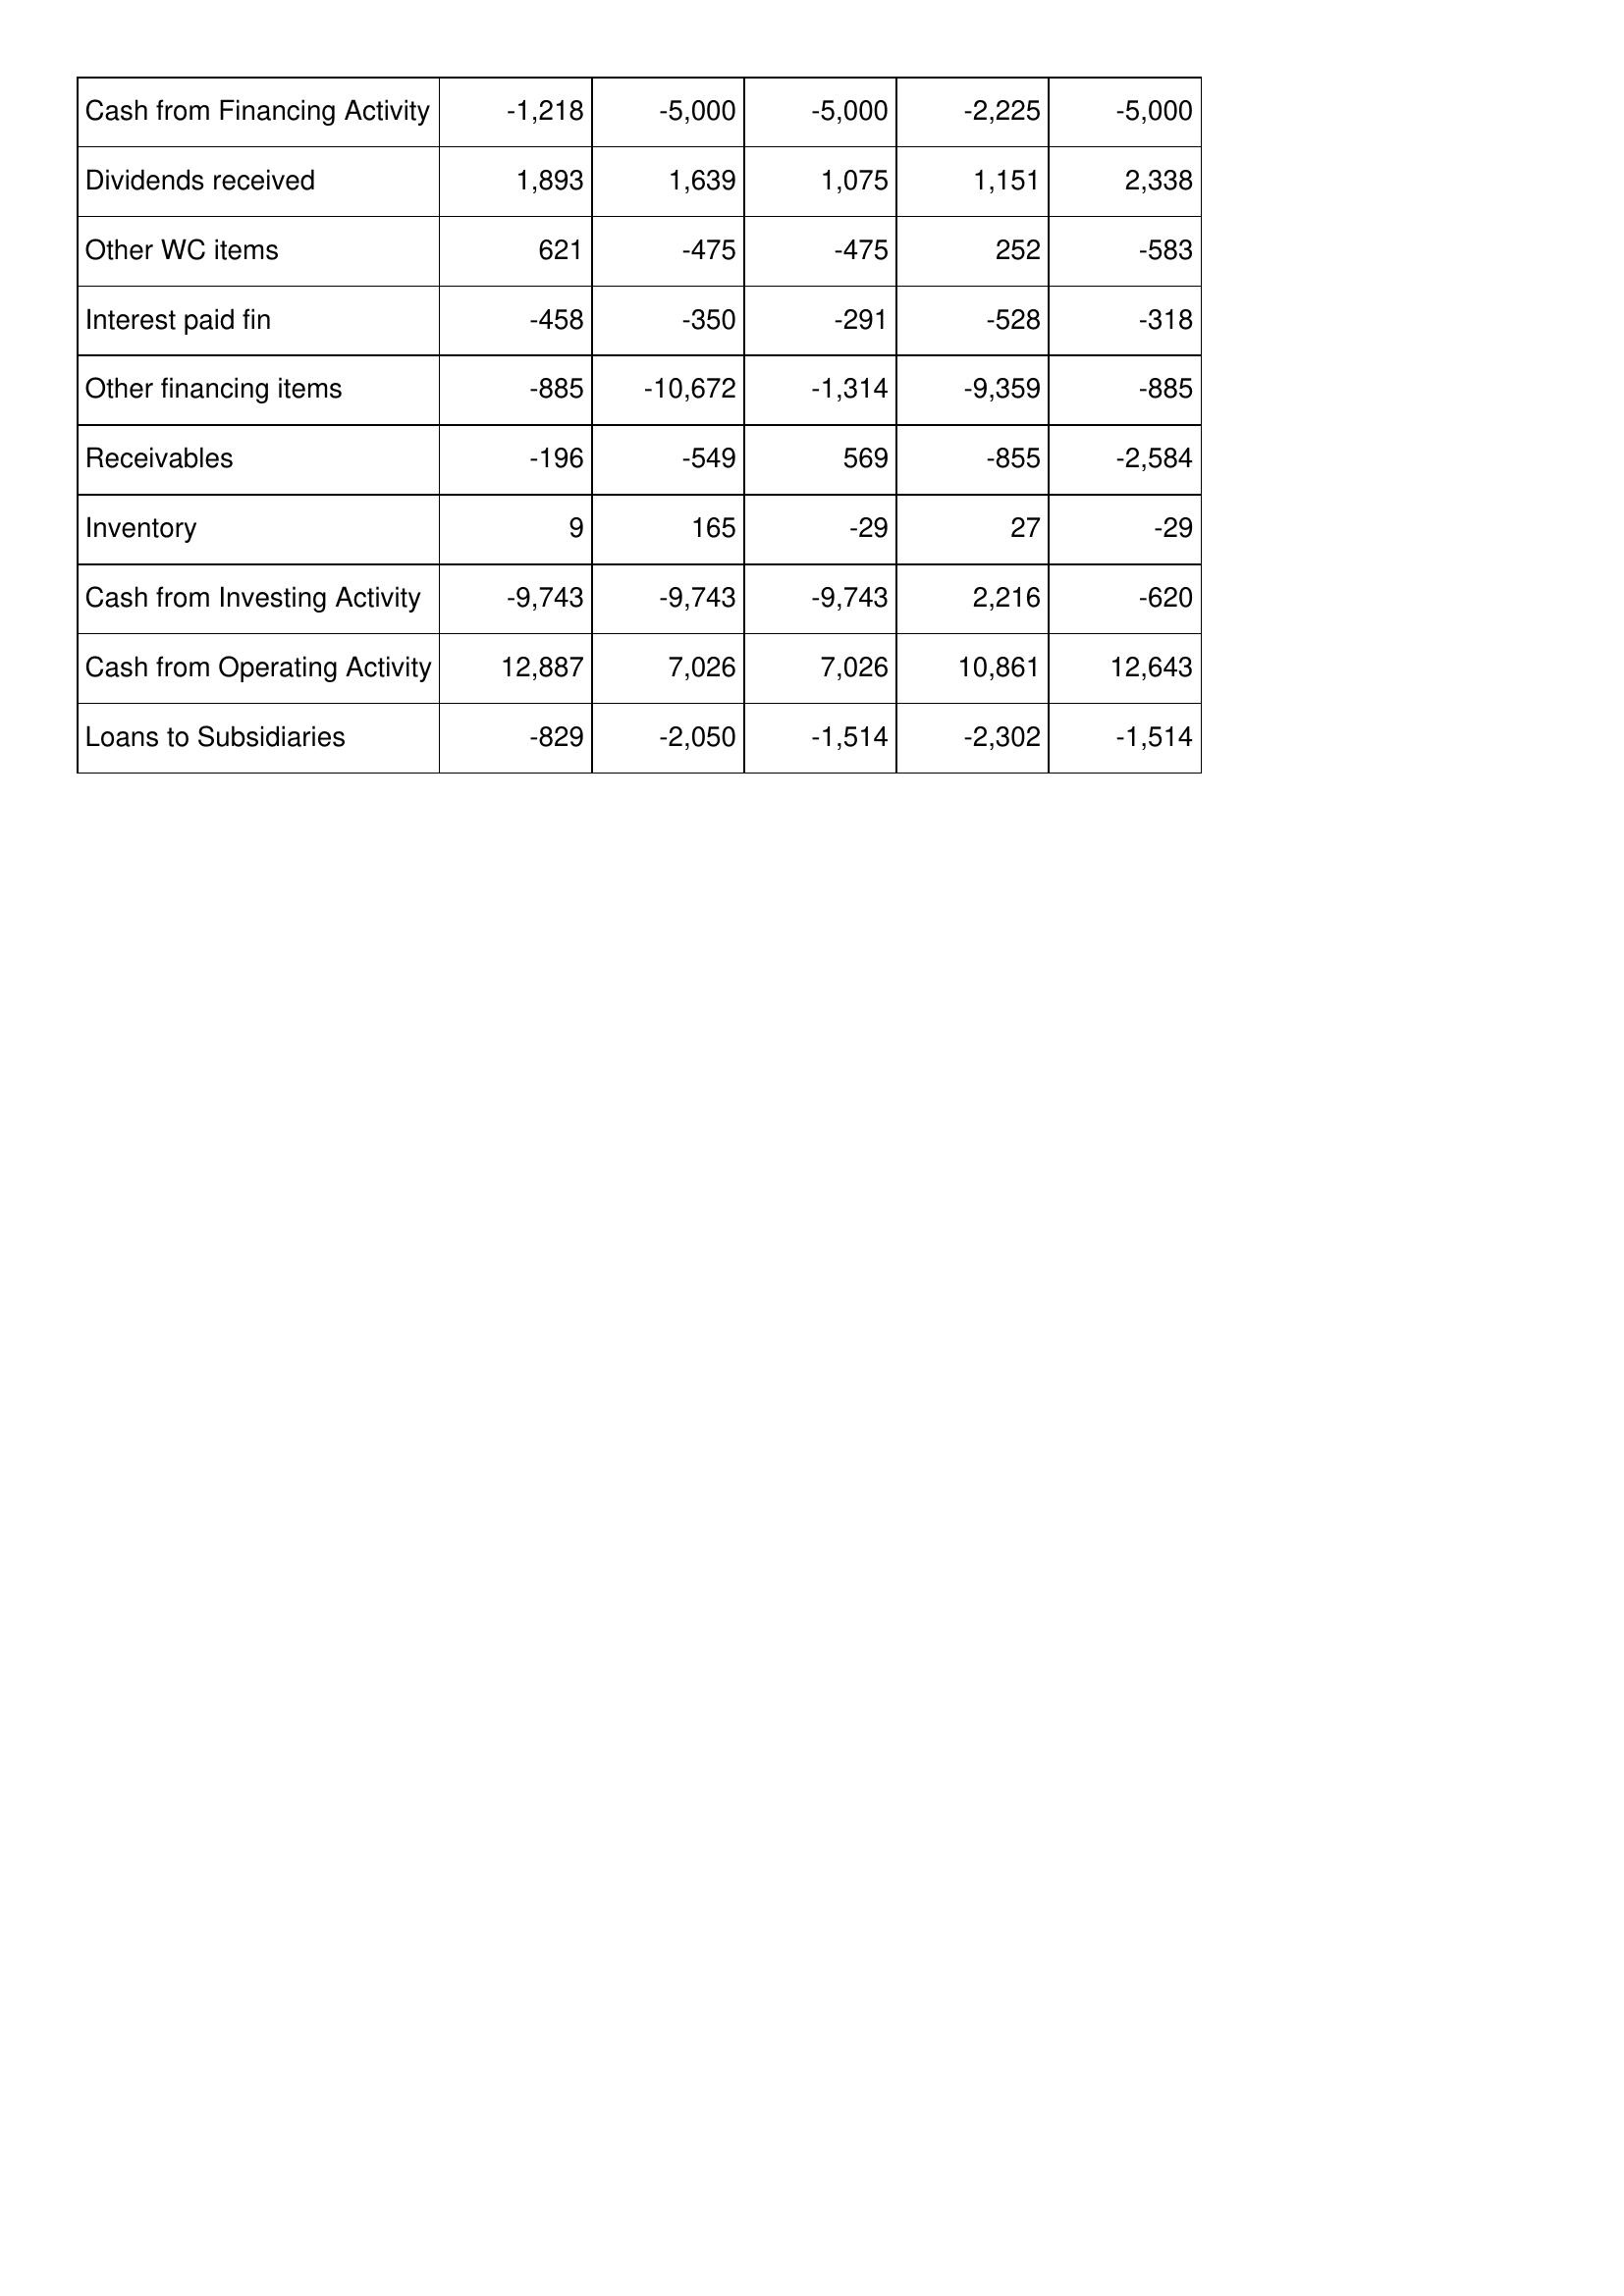
May-13: Cash Flows: Cash from Financing Activity: -1,218
Dividends received: 1,893
Other WC items: 621
Interest paid fin: -458
Other financing items: -885
Receivables: -196
Inventory: 9
Cash from Investing Activity: -9,743
Cash from Operating Activity: 12,887
Loans to Subsidiaries: -829
May-14: Cash Flows: Cash from Financing Activity: -5,000
Dividends received: 1,639
Other WC items: -475
Interest paid fin: -350
Other financing items: -10,672
Receivables: -549
Inventory: 165
Cash from Investing Activity: -9,743
Cash from Operating Activity: 7,026
Loans to Subsidiaries: -2,050
May-15: Cash Flows: Cash from Financing Activity: -5,000
Dividends received: 1,075
Other WC items: -475
Interest paid fin: -291
Other financing items: -1,314
Receivables: 569
Inventory: -29
Cash from Investing Activity: -9,743
Cash from Operating Activity: 7,026
Loans to Subsidiaries: -1,514
May-16: Cash Flows: Cash from Financing Activity: -2,225
Dividends received: 1,151
Other WC items: 252
Interest paid fin: -528
Other financing items: -9,359
Receivables: -855
Inventory: 27
Cash from Investing Activity: 2,216
Cash from Operating Activity: 10,861
Loans to Subsidiaries: -2,302
May-17: Cash Flows: Cash from Financing Activity: -5,000
Dividends received: 2,338
Other WC items: -583
Interest paid fin: -318
Other financing items: -885
Receivables: -2,584
Inventory: -29
Cash from Investing Activity: -620
Cash from Operating Activity: 12,643
Loans to Subsidiaries: -1,514